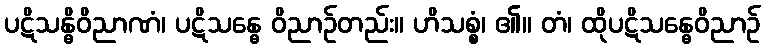
ပဋိသန္ဓိဝိညာဏံ၊ ပဋိသန္ဓေ ဝိညာဉ်တည်း။ ဟိသစ္စံ၊ ၏။ တံ၊ ထိုပဋိသန္ဓေဝိညာဉ်